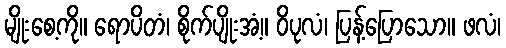
မျိုးစေ့ကို။ ရောပိတံ၊ စိုက်ပျိုးအံ့။ ဝိပုလံ၊ ပြန့်ပြောသော။ ဖလံ၊